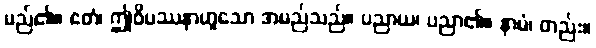
မည်၏။ ဧတံ၊ ဤဝိပဿနာဟူသော အမည်သည်။ ပညာယ၊ ပညာ၏။ နာမံ၊ တည်း။